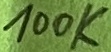
Text: 100K